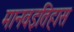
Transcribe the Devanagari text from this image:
मानवइतिहास